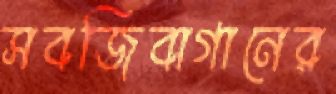
সবজিবাগানের